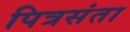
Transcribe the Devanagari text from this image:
पित्रसंता